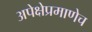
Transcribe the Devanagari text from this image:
अपेक्षेप्रमाणेच